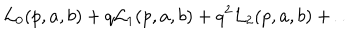
{ \cal L } _ { 0 } ( p , a , b ) + q { \cal L } _ { 1 } ( p , a , b ) + q ^ { 2 } { \cal L } _ { 2 } ( p , a , b ) + \dots